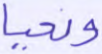
ونحيا